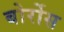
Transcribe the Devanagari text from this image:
बोर्रोस